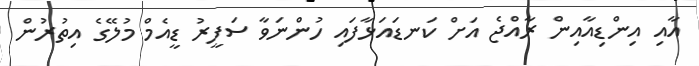
އާއި އިންޑިއާއިން ރާއްޖެ އަށް ކަނޑައަޅާފައި ހުންނަވާ ސަފީރު ޑީއެމް މުލޭގެ އިތުރުން